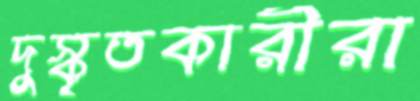
দুস্কৃতকারীরা